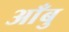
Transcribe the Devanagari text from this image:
आँबु